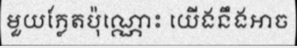
មួយភ្លែតប៉ុណ្ណោះ យើងនឹងអាច